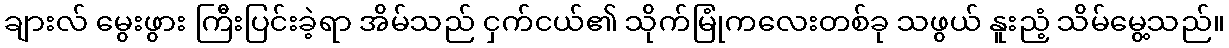
ချားလ် မွေးဖွား ကြီးပြင်းခဲ့ရာ အိမ်သည် ငှက်ငယ်၏ သိုက်မြုံကလေးတစ်ခု သဖွယ် နူးညံ့ သိမ်မွေ့သည်။